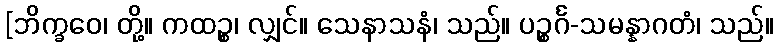
[ဘိက္ခဝေ၊ တို့။ ကထဉ္စ၊ လျှင်။ သေနာသနံ၊ သည်။ ပဉ္စင်္ဂ-သမန္နာဂတံ၊ သည်။